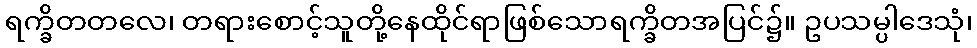
ရက္ခိတတလေ၊ တရားစောင့်သူတို့နေထိုင်ရာဖြစ်သောရက္ခိတအပြင်၌။ ဥပသမ္ပါဒေသုံ၊